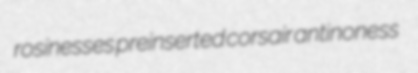
rosinesses preinserted corsair antinoness